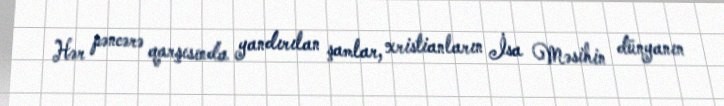
Hər pəncərə qarşısında yandırılan şamlar, xristianların İsa Məsihin dünyanın